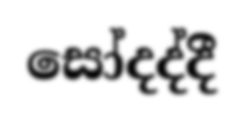
සෝදද්දී